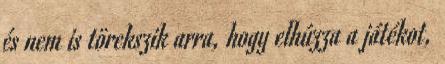
és nem is törekszik arra, hogy elhúzza a játékot,